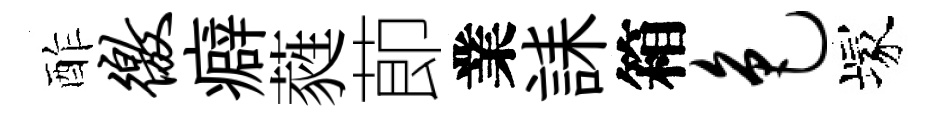
酢徼癖蕤莭業誄箱色塚